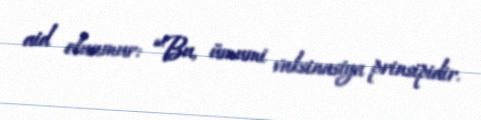
aid olunmur: “Bu, ümumi vaksinasiya prinsipidir.